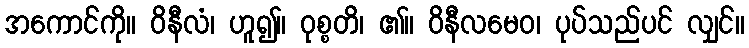
အကောင်ကို။ ဝိနီလံ၊ ဟူ၍။ ဝုစ္စတိ၊ ၏။ ဝိနီလမေဝ၊ ပုပ်သည်ပင် လျှင်။